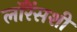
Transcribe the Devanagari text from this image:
लॉरेंसशी